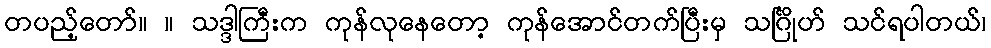
တပည့်တော်။ ။ သဒ္ဒါကြီးက ကုန်လုနေတော့ ကုန်အောင်တက်ပြီးမှ သင်္ဂြိုဟ် သင်ရပါတယ်၊